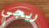
ريجي